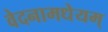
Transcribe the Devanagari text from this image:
वेदनामधेयम्